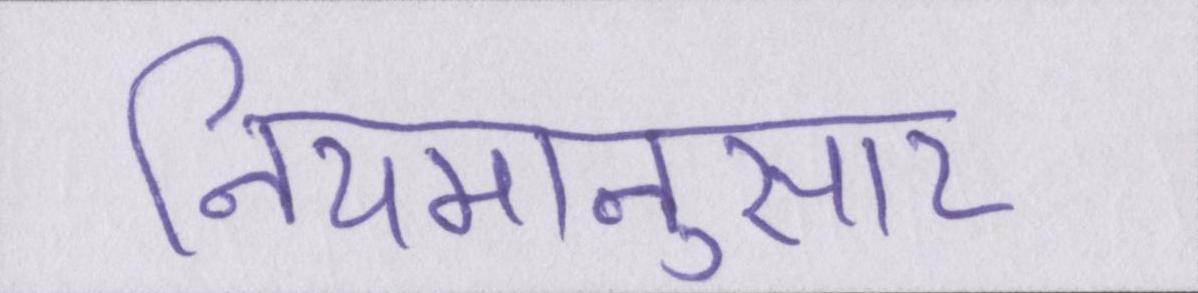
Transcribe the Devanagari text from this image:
नियमानुसार